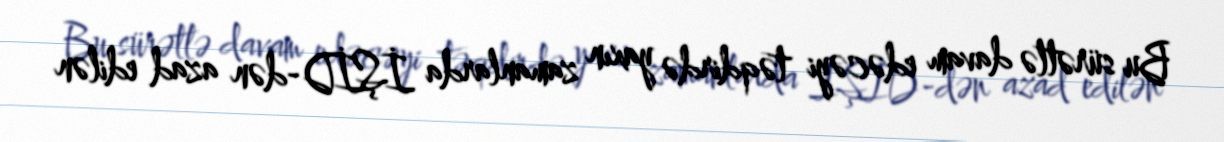
Bu sürətlə davam edəcəyi təqdirdə yaxın zamanlarda İŞİD-dən azad edilən